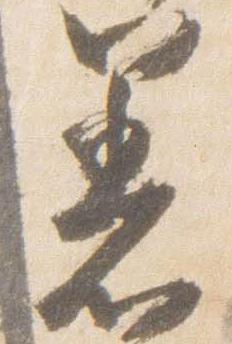
着